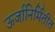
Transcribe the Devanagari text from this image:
ऊर्जानिर्मितीत